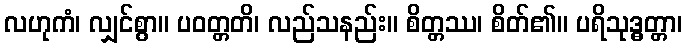
လဟုကံ၊ လျှင်စွာ။ ပဝတ္တတိ၊ လည်သနည်း။ စိတ္တဿ၊ စိတ်၏။ ပရိသုဒ္ဓတ္တာ၊